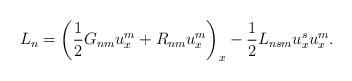
LaTeX: \begin{align*}L_{n}=\left( \frac{1}{2}G_{nm}u_{x}^{m}+R_{nm}u_{x}^{m}\right) _{x}-\frac{1}{2}L_{nsm}u_{x}^{s}u_{x}^{m}. \end{align*}